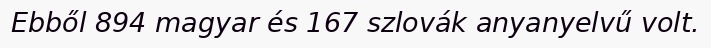
Ebből 894 magyar és 167 szlovák anyanyelvű volt.